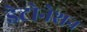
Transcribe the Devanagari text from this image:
डेटोनेशन